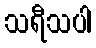
သရီသပါ